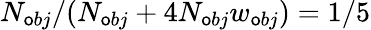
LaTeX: N_{\mathsf{o}bj}/(N_{\mathsf{o}bj}+4N_{\mathsf{o}bj}w_{\mathsf{o}bj})=1/5